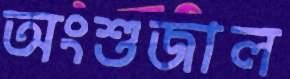
অংশুজাল